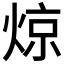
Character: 𬊣